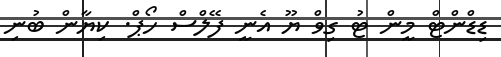
ޑިޑްންޓް މީން ޓު ގިވް ޔޫ އެނީ ފޭލްސް ހޯޕް. ކިޔާން ބުނި